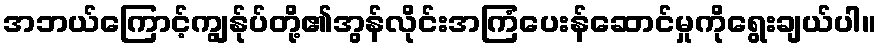
အဘယ်ကြောင့်ကျွန်ုပ်တို့၏အွန်လိုင်းအကြံပေးန်ဆောင်မှုကိုရွေးချယ်ပါ။